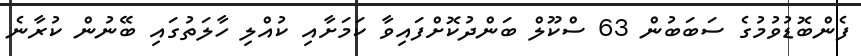
ފެންބޮޑުވުމުގެ ސަބަބުން 63 ސްކޫލް ބަންދުކޮށްފައިވާ ކަމަށާއި ކުއްލި ހާލަތުގައި ބޭނުން ކުރާނެ